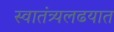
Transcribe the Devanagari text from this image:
स्वातंत्र्यलढयात